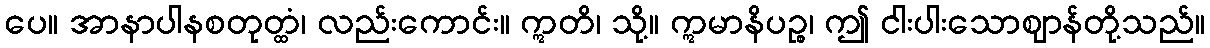
ပေ။ အာနာပါနစတုတ္ထံ၊ လည်းကောင်း။ ဣတိ၊ သို့။ ဣမာနိပဉ္စ၊ ဤ ငါးပါးသောဈာန်တို့သည်။